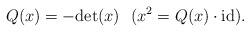
LaTeX: \begin{align*}Q(x) = -\mathrm{det}(x) \ \ ( x^2 = Q(x) \cdot \mathrm{id}) .\end{align*}